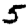
Digit: 5